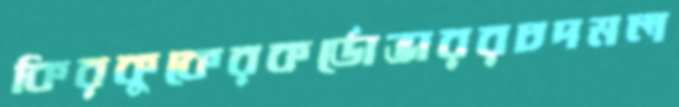
কিরকুকেরকর্ডোভাররচদমল